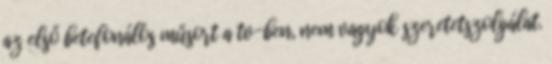
az első betefonálós műsort a tv-ben, nem vagyok szeretetszolgálat.